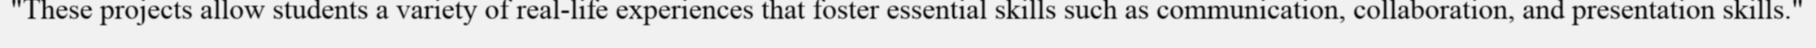
"These projects allow students a variety of real-life experiences that foster essential skills such as communication, collaboration, and presentation skills."